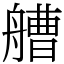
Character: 艚